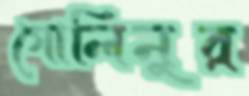
গোলিনুর